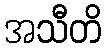
အသီတိ